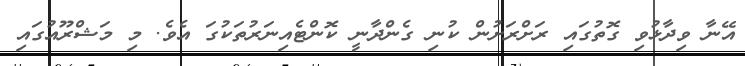
އޭނާ ވިދާޅުވި ގޮތުގައި ރަށްރަށުން ކުނި ގެންދާނީ ކޮންޓެއިނަރުތަކުގަ އެވެ. މި މަޝްރޫއުގައި